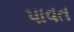
પાવત